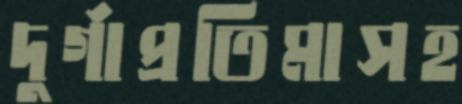
দুর্গাপ্রতিমাসহ